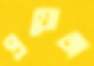
প্রযোজ্য